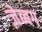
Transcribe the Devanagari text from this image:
ज़ेब्बग